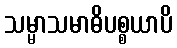
သမ္မာသမာဓိပစ္စယာပိ